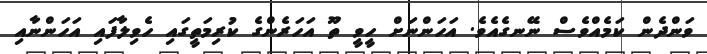
ވަންދެން ކަމެއްވެސް ނޭނގެއެވެ. އަހަންނަށް ހީވީ ތޫ އަހަރެންގެ ކުރިމަތީގައި ހެވިލާފައި އަހަންނާއި